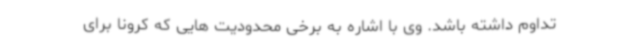
تداوم داشته باشد. وی با اشاره به برخی محدودیت هایی که کرونا برای